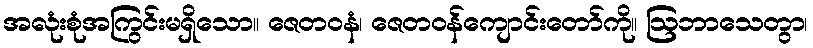
အလုံးစုံအကြွင်းမရှိသော။ ဇေတဝနံ၊ ဇေတဝန်ကျောင်းတော်ကို။ ဩဘာသေတွာ၊